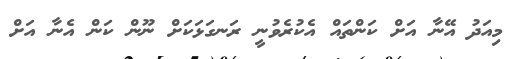
މިއަދު އޭނާ އަށް ކަންތައް އެކުރެވުނީ ރަނގަޅަކަށް ނޫން ކަން އެނާ އަށް